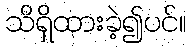
သိရှိထားခဲ့၍ပင်။